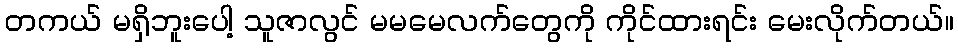
တကယ် မရှိဘူးပေါ့ သူဇာလွင် မမမေလက်တွေကို ကိုင်ထားရင်း မေးလိုက်တယ်။